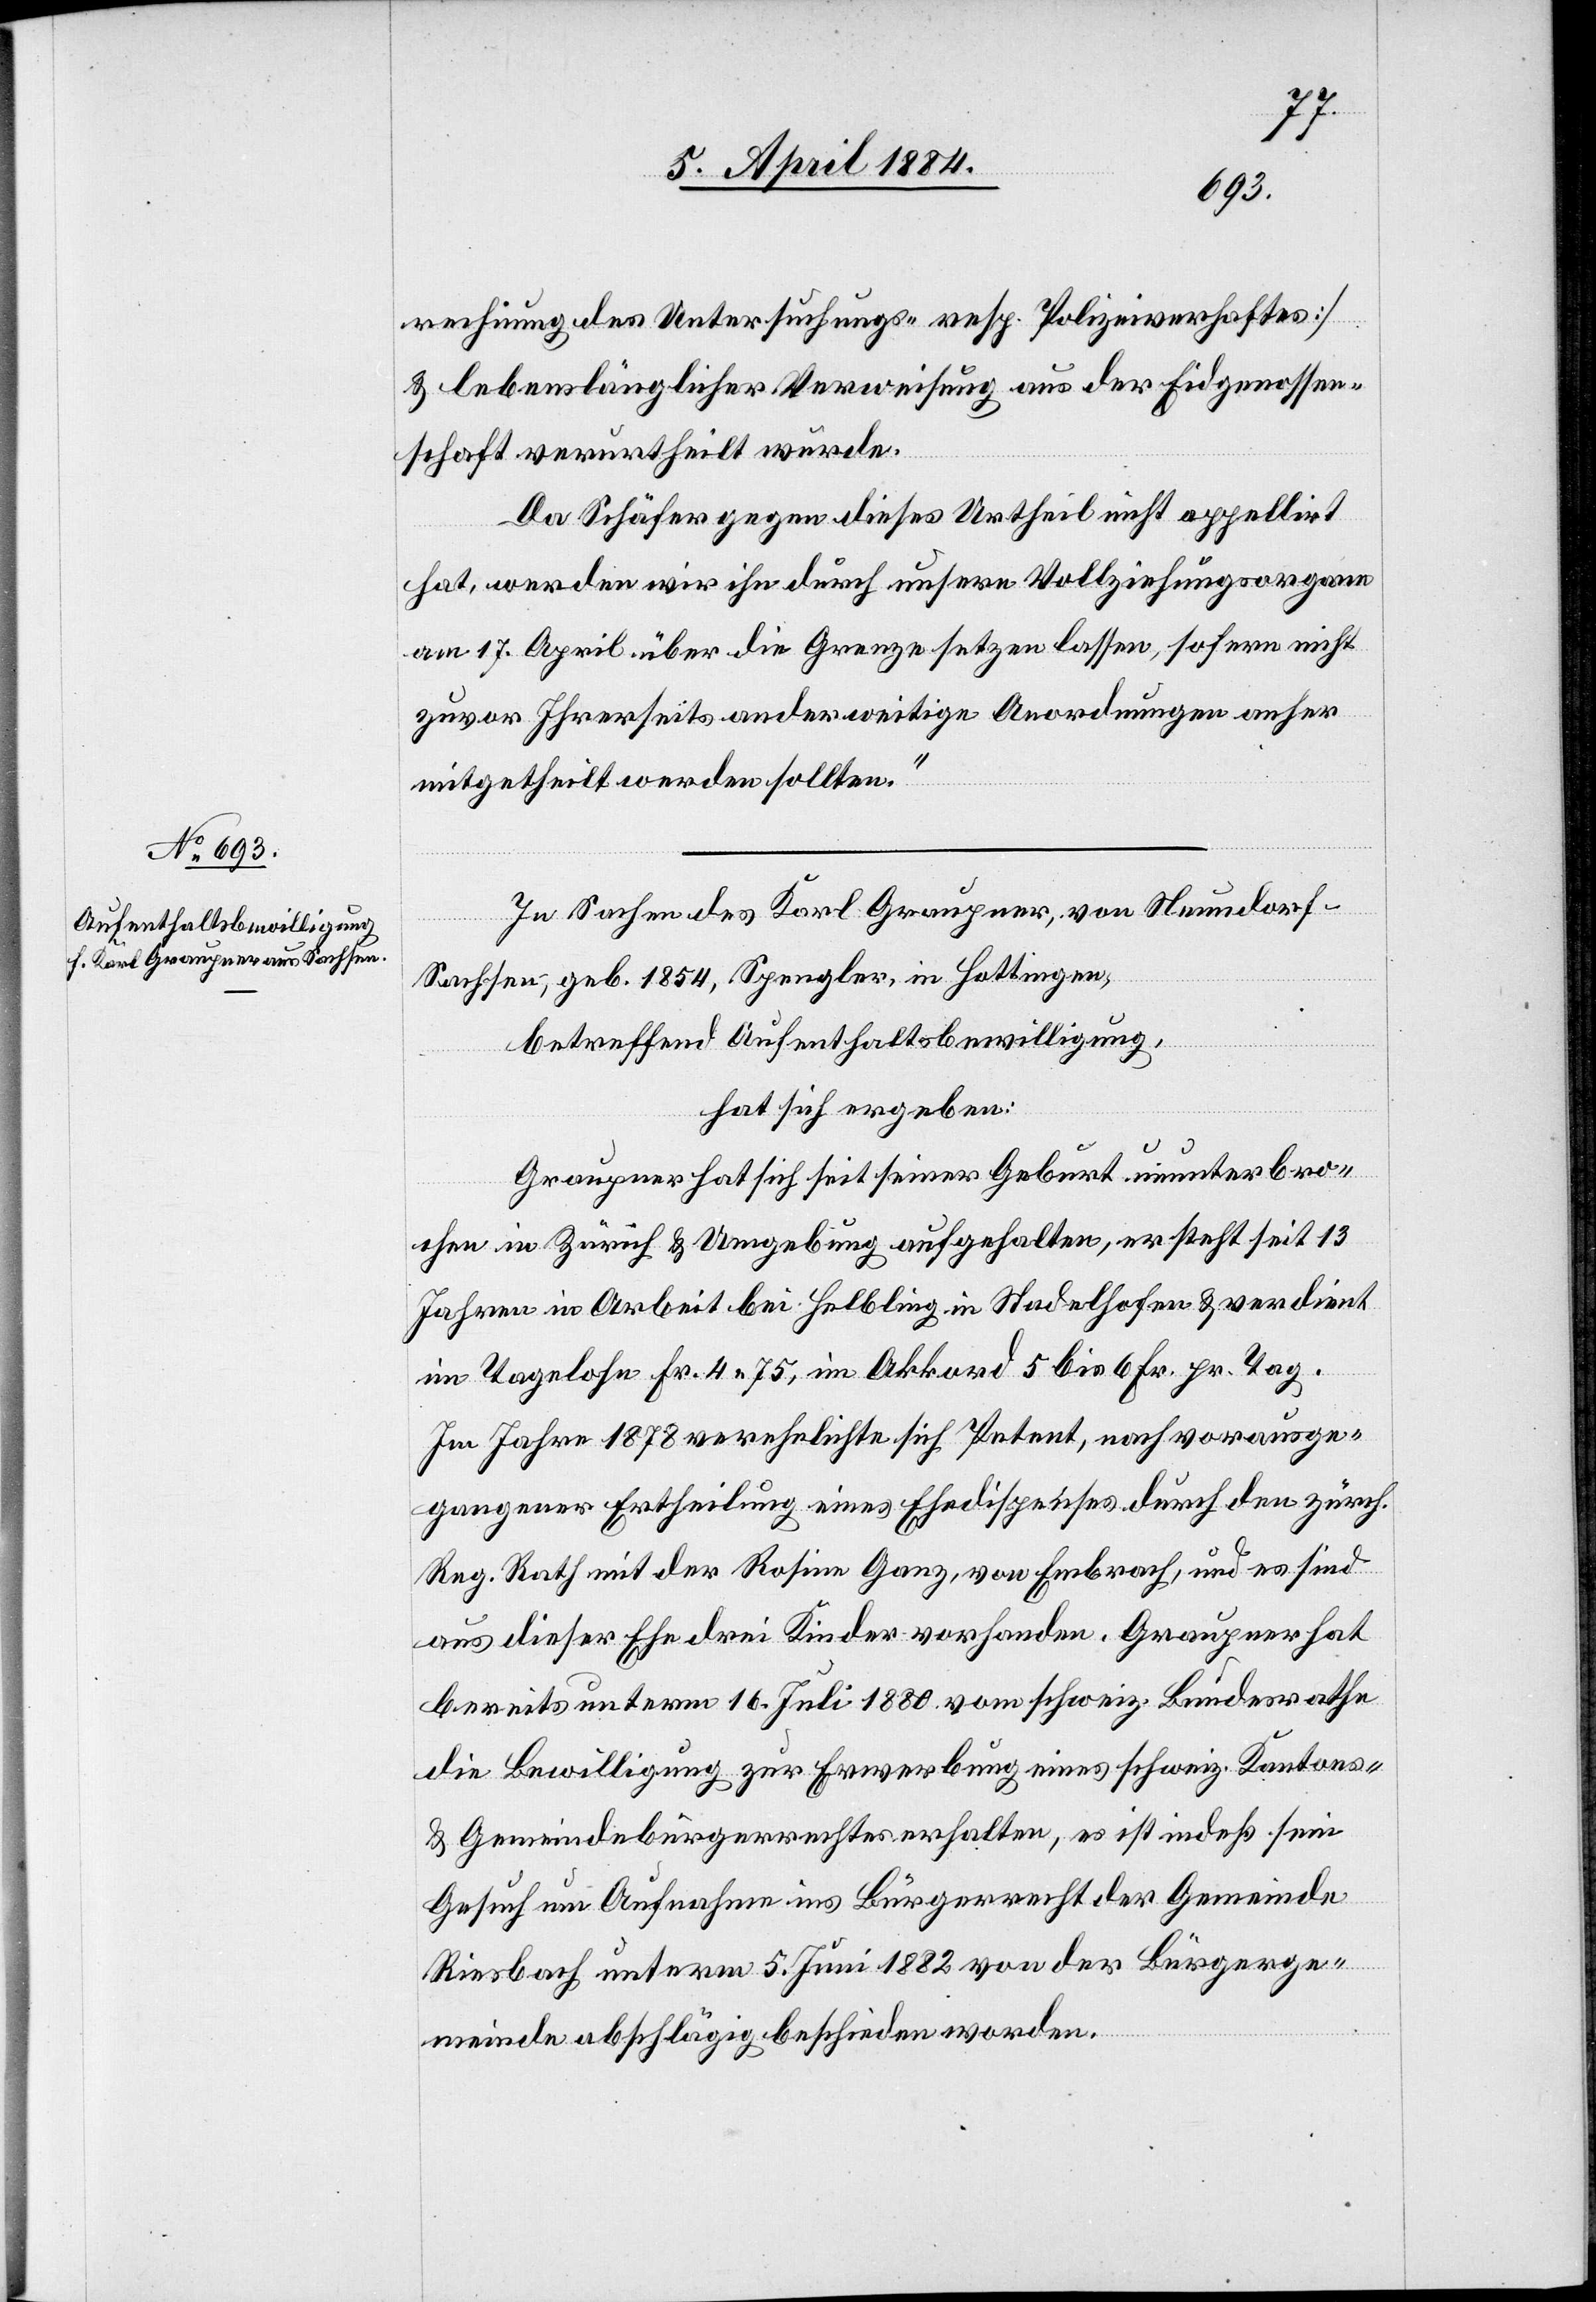
rechnung des Untersuchungs- resp. Polizeiverhaftes]
& lebenslänglicher Verweisung aus der Eidgenossen¬
schaft verurtheilt wurde.
Da Schäfer gegen dieses Urtheil nicht appelirt
hat, werden wir ihn durch unsere Vollziehungsorgane
am 17. April über die Grenze setzen lassen, sofern nicht
zuvor Ihrerseits anderweitige Anordnungen anher
mitgetheilt werden sollten.“
In Sachen des Karl Graupner, von Neundorf
Sachsen, geb. 1854, Spengler, in Hottingen,
betreffend Aufenthaltsbewilligung,
hat sich ergeben:
Graupner hat sich seit seiner Geburt ununterbro¬
chen in Zürich & Umgebung aufgehalten, er steht seit 13
Jahren in Arbeit bei Helbling in Stadelhofen & verdient
im Tagelohn Fr. 4 75, im Akkord 5 bis 6 Fr. pr. Tag.
Im Jahre 1878 verehelichte sich Petent, nach vorausge¬
gangener Ertheilung eines Ehedispenses durch den zürch.
Reg. Rath mit der Rosine Ganz, von Embrach, und es sind
aus dieser Ehe drei Kinder vorhanden. Graupner hat
bereits unterm 16. Juli 1880 vom schweiz. Bundesrathe
die Bewilligung zur Erwerbung eines schweiz. Kantons-
& Gemeindebürgerrechtes erhalten, es ist indeß sein
Gesuch um Aufnahme ins Bürgerrecht der Gemeinde
Riesbach unterm 5. Juni 1882 von der Bürgerge¬
meinde abschlägig beschieden worden.